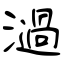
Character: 濄